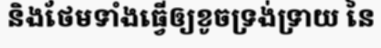
និងថែមទាំងធ្វើឲ្យខូចទ្រង់ទ្រាយ នៃ